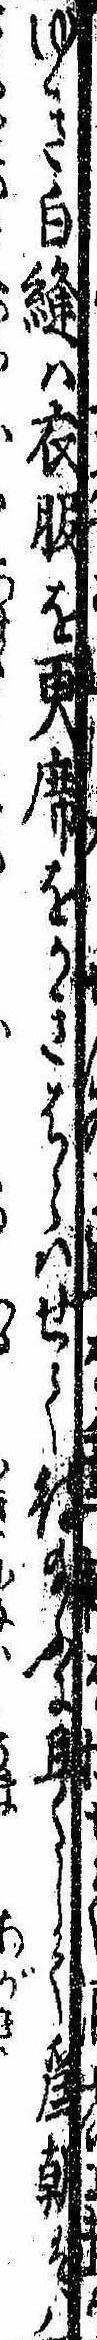
ゆき白縫は衣服を更席をかきはらはせて待給ふに且くして為朝は八